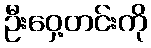
ဦးဝှေ့တင်းကို